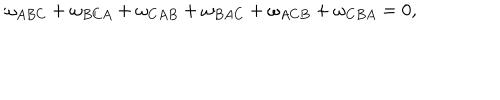
\omega _ { A B C } + \omega _ { B C A } + \omega _ { C A B } + \omega _ { B A C } + \omega _ { A C B } + \omega _ { C B A } = 0 ,